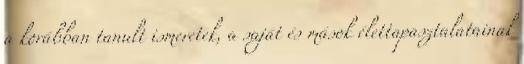
a korábban tanult ismeretek, a saját és mások élettapasztalatainak